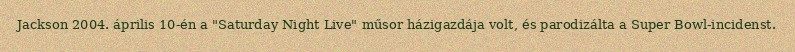
Jackson 2004. április 10-én a "Saturday Night Live" műsor házigazdája volt, és parodizálta a Super Bowl-incidenst.